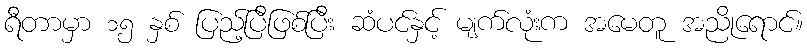
ရီတာမှာ ၁၅ နှစ် ပြည့်ပြီဖြစ်ပြီး ဆံပင်နှင့် မျက်လုံးက အမေတူ အညိုရောင်။